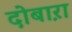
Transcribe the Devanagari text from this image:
दोबाऱा